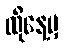
ထိုနေ့မှ